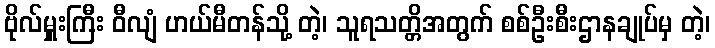
ဗိုလ်မှူးကြီး ဝီလျံ ဟယ်မီတန်သို့ တဲ့၊ သူရသတ္တိအတွက် စစ်ဦးစီးဌာနချုပ်မှ တဲ့၊